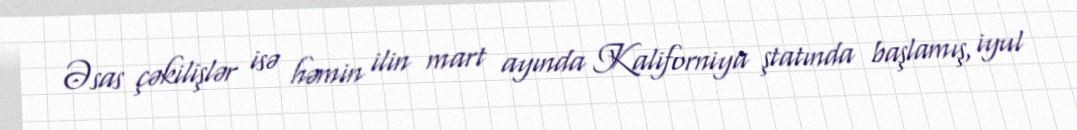
Əsas çəkilişlər isə həmin ilin mart ayında Kaliforniya ştatında başlamış, iyul